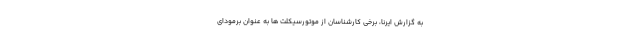
به گزارش ایرنا، برخی کارشناسان از موتورسیکلت ها به عنوان برمودای